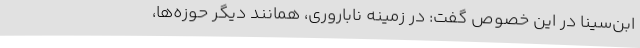
ابن‌سینا در این خصوص گفت: در زمینه ناباروری، همانند دیگر حوزه‌ها،